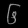
Digit: ၆